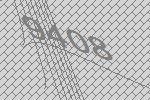
9408